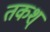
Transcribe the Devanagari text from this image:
तकश्